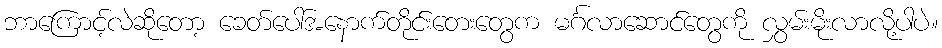
ဘာကြောင့်လဲဆိုတော့ ခေတ်ပေါ်အနောက်တိုင်းတေးတွေက မင်္ဂလာဆောင်တွေကို လွှမ်းမိုးလာလို့ပါပဲ။